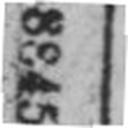
8845